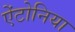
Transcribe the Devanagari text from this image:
ऐंटोनिया